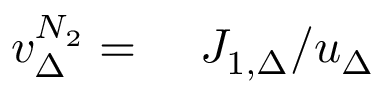
\begin{array} { r l } { v _ { \Delta } ^ { N _ { 2 } } = } & { { } \ J _ { 1 , \Delta } / u _ { \Delta } } \end{array}